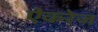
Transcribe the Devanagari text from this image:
ऐंकरेज